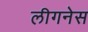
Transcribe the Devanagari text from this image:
लीगनेस